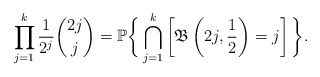
\begin{align*}\prod_{j=1}^{k}\frac{1}{2^j}\binom{2j}{j}= \mathbb{P}\bigg\{\bigcap_{j=1}^k\left[\mathfrak{B}\left(2j, \frac{1}{2}\right)=j\right]\bigg\}.\end{align*}